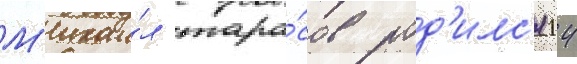
М'ихаи́л тара́сов род'илс'я 14